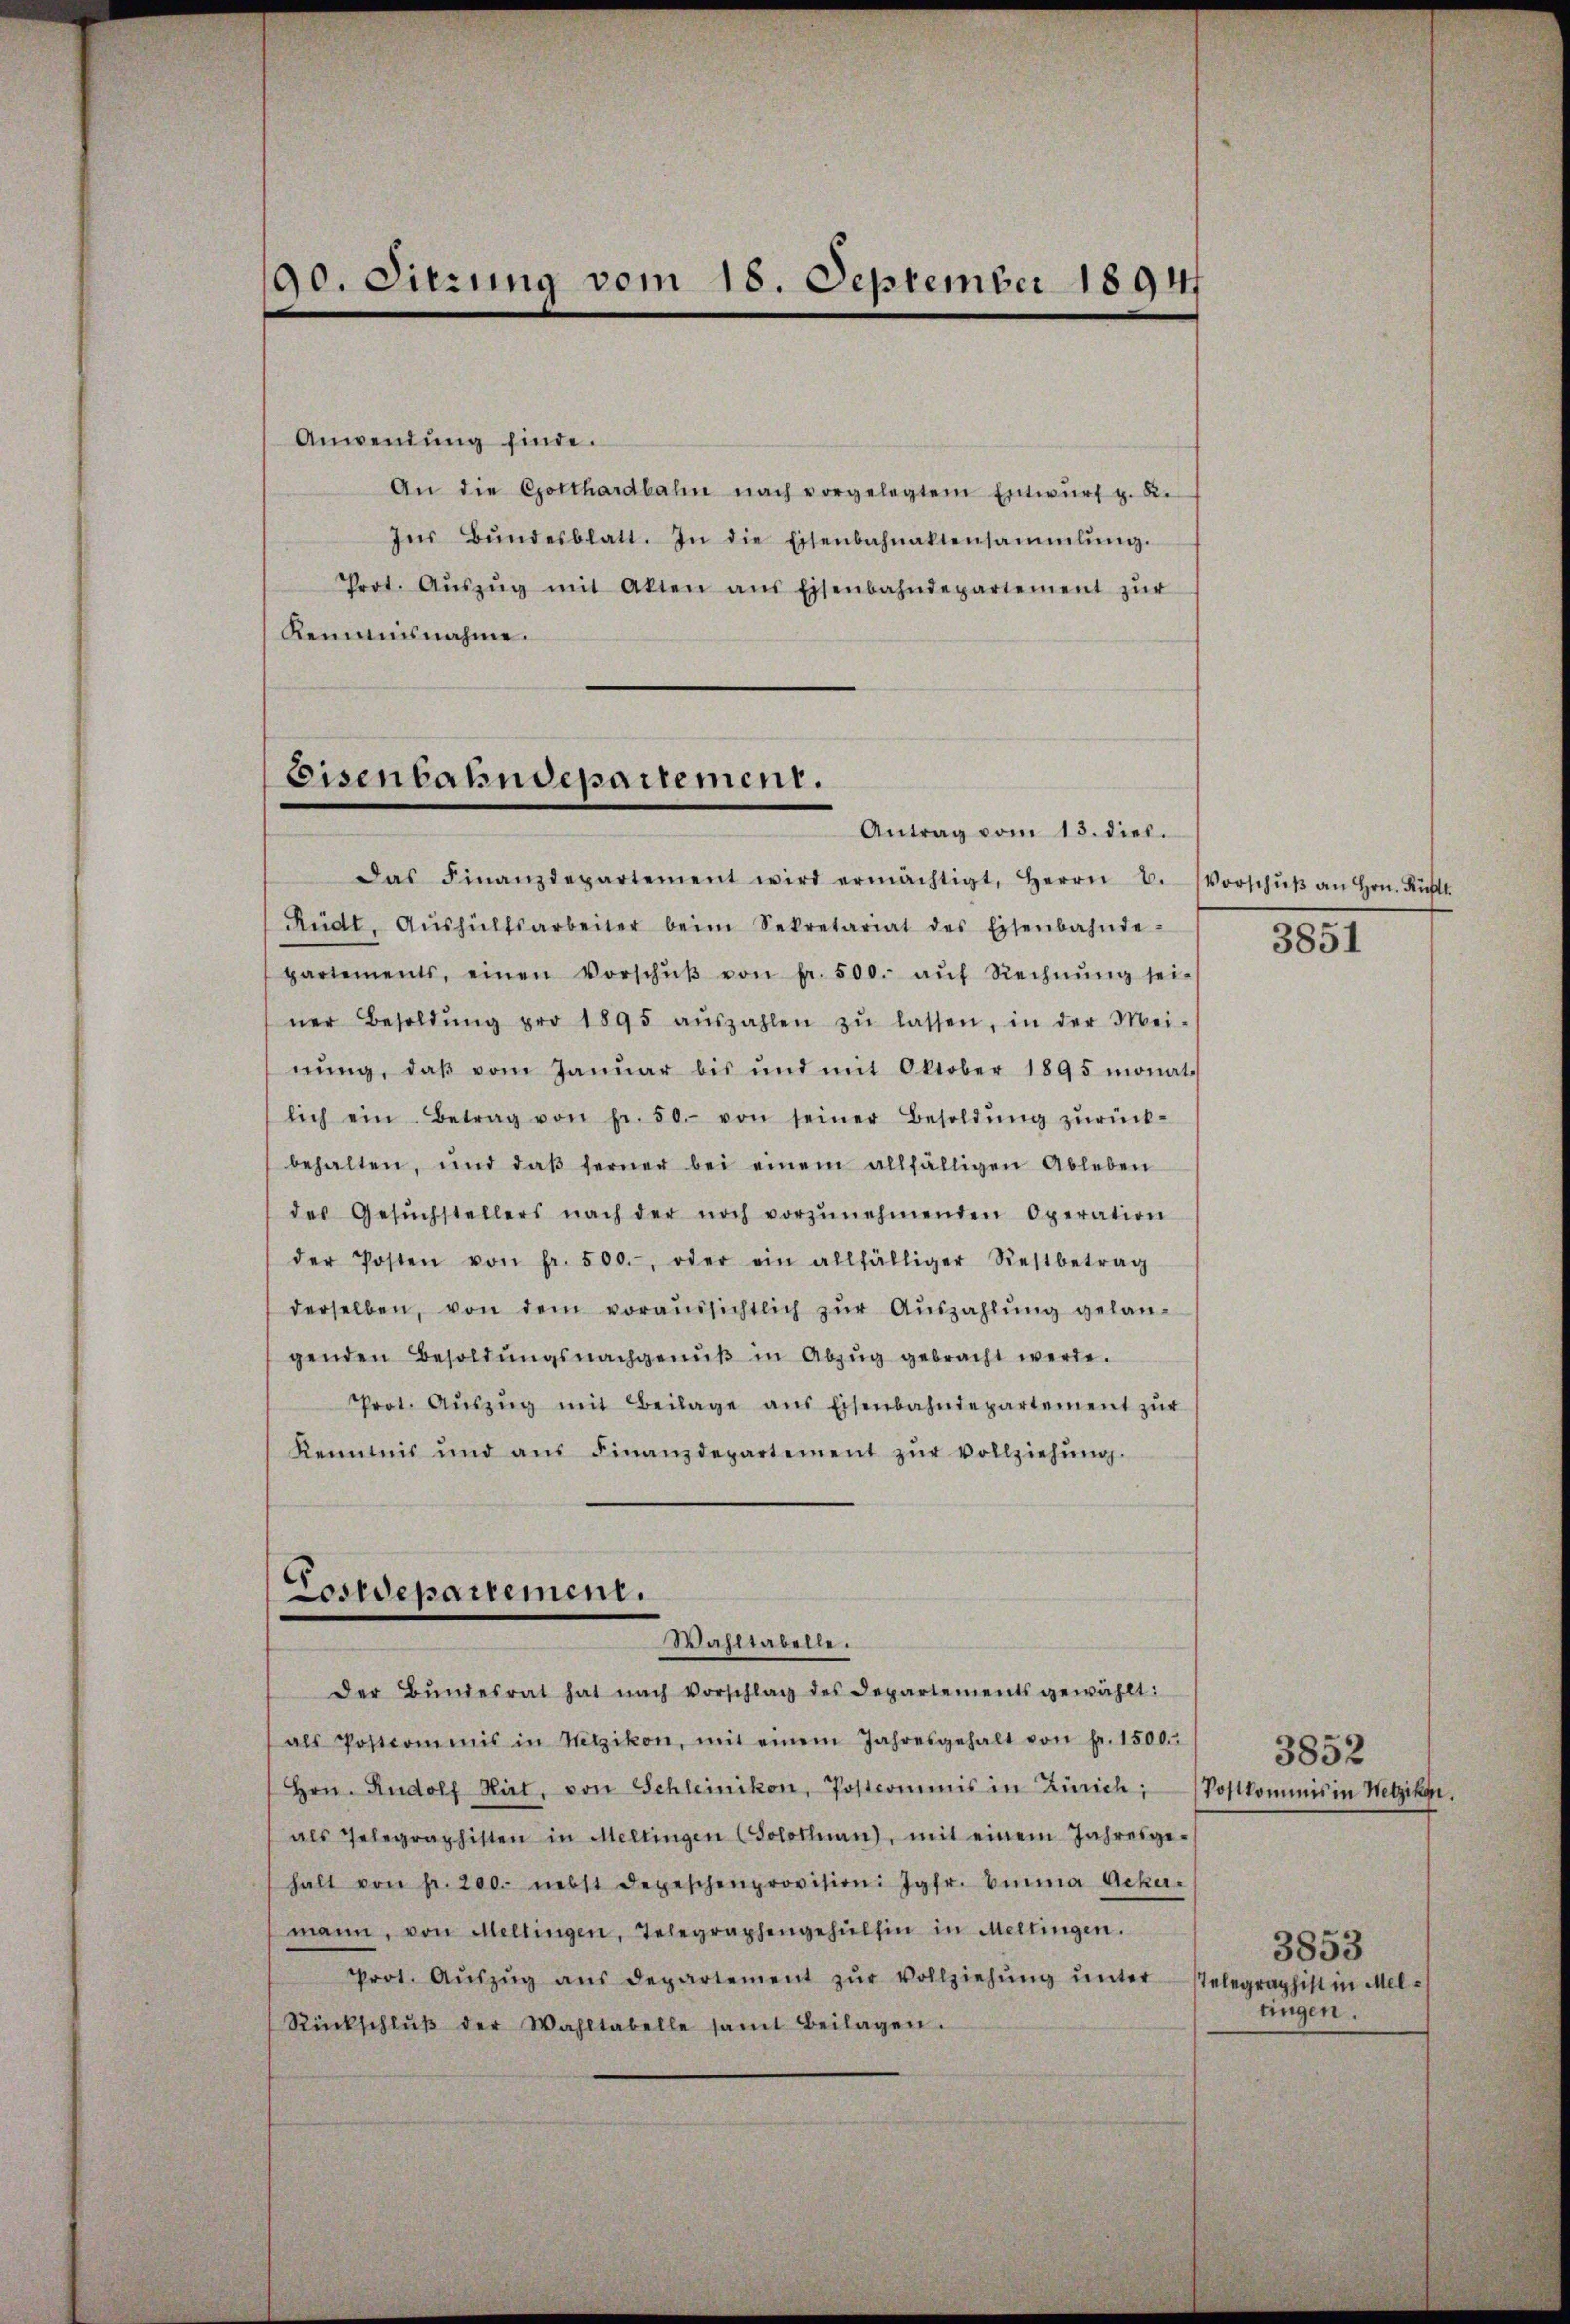
90. Sitzung vom 18. September 1894

Anwendung finde.
An die Gotthardbahn nach vorgelegtem Entwŭrf p. 2.
In Bŭndesblatt. In die Eisenbahnaktensammlung.
Prot. Aŭszŭg mit Akten aus Eisenbahndepartement zŭr
Remanisnahme.

Eisenbahndepartement.
Antrag vom 13. dies.

Das Finanzdepartement wird ermächtigt, Herrn C.
Rüdt, Aŭshülfsarbeiter beim Sekretariat des Eisenbahnde-
partements, einen Vorschŭβ von fr. 500. aŭf Rechnŭng sei-
ner Besoldŭng pro 1895 aŭszahlen zŭ lassen, in der Mei-
nŭng, daβ vom Janŭar bis und mit Oktober 1895 monat
lich ein Betrag von Fr. 50.- von seiner Besoldŭng zŭrück-
behalten, und daβ ferner bei einem allfälligen Ableben
des Gesŭchstellers nach der noch vorzŭnehmenden Operation
der Posten von Fr. 500., oder ein allfälliger Restbetrag
derselben, von dem voraŭssichtlich zŭr Aŭszahlŭng gelangenden Besoldŭngsnachgenŭβ in Abzŭg gebracht werde.
Prot. Aŭszŭg mit Beilage ans Eisenbahndepartement zŭr
Kenntnis und aŭs Finanzdepartement zŭr Vollziehŭng.
Costdepartement.
Wahltabelle.
Der Bŭndesrat hat nach Vorschlag des Departements gewählt:
als Postcommis in Wetzikon, mit einem Jahresgehalt von Fr. 1500.
Hrn. Rudolf Hirt, von Schleinikon, Postcommis in Zürich, (Postkommis in Wetzikon,
als Telegraphisten in Mellingen (Solothurn, mit einem Jahresge-
halt von fr. 200. nebst depeschenprovision: Jgfr. Emma Acker-
mann, von Mellingen, Telegraphengehülfen in Mellingen.
Prot. Aŭszŭg aŭs departement zŭr Vollziehŭng ŭnterstelegraphist in Mel-
Rückschlŭβ der Wahltabelle samt Beilagen.

Vorschuß an Hrn. Rüh
3851

3852
3853
tingen.